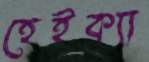
হেইক্যা